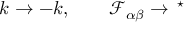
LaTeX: k \rightarrow - k , \qquad \mathcal { F } _ { \alpha \beta } \rightarrow \, ^ { \star }